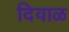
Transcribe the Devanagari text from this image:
दिवाळ